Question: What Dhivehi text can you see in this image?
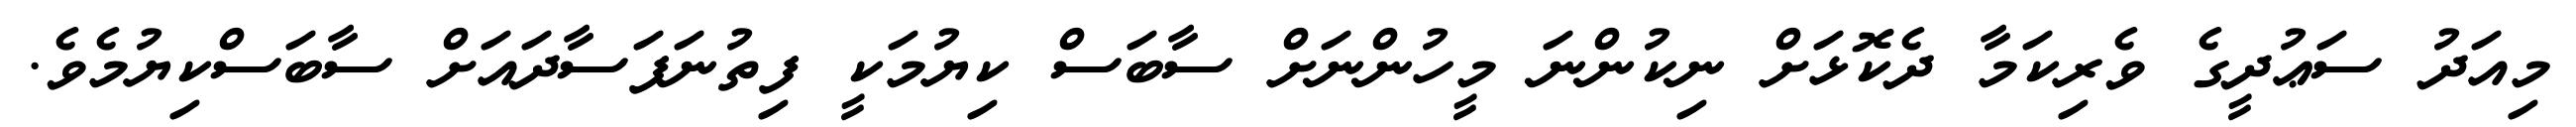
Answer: މިއަދު ސަޢުދީގެ ވެރިކަމާ ދެކޮޅަށް ނިކުންނަ މީހުންނަށް ސާބަސް ކިޔުމަކީ ފިތުނަފަސާދައަށް ސާބަސްކިޔުމެވެ.